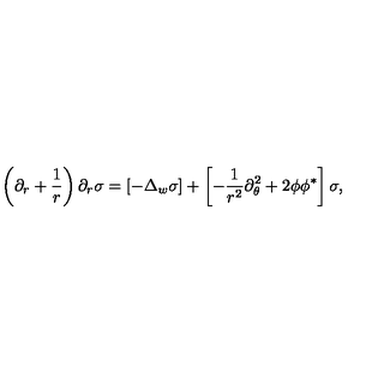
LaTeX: \left( \partial _ { r } + \frac 1 r \right) \partial _ { r } \sigma = \left[ - \Delta _ { w } \sigma \right] + \left[ - \frac 1 { r ^ { 2 } } \partial _ { \theta } ^ { 2 } + 2 \phi \phi ^ { * } \right] \sigma ,